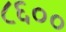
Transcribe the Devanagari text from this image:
८६००